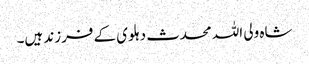
شاہ ولی اللہ محدث دہلوی کے فرزند ہیں۔